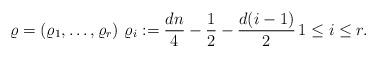
LaTeX: \begin{align*}\varrho=(\varrho_1,\ldots,\varrho_r)\,\,\varrho_i:=\frac{dn}{4}-\frac{1}{2}-\frac{d(i-1)}{2}\,1\leq i\leq r.\end{align*}